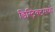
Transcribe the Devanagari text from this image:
डिस्ट्रिक्टमध्ये